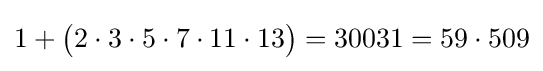
1+{\big (}2\cdot 3\cdot 5\cdot 7\cdot 11\cdot 13{\big )}=30031=59\cdot 509